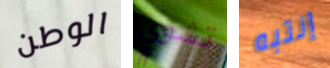
الوطن تشوي إنتبه